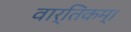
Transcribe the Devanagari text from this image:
वार्तिकम्।